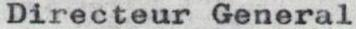
Directeur General